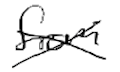
Text: from
Cross-out: cross
Writing tool: digital_black